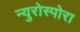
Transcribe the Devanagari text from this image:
न्युरोस्पोरा